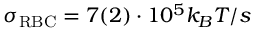
\sigma _ { \mathrm { R B C } } = 7 ( 2 ) \cdot 1 0 ^ { 5 } k _ { B } T / s